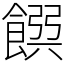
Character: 𩜹